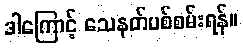
ဒါကြောင့် သေနတ်ပစ်စမ်းရန်။